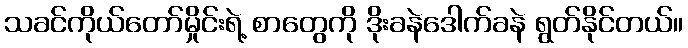
သခင်ကိုယ်တော်မှိုင်းရဲ့ စာတွေကို ဒိုးခနဲဒေါက်ခနဲ ရွတ်နိုင်တယ်။